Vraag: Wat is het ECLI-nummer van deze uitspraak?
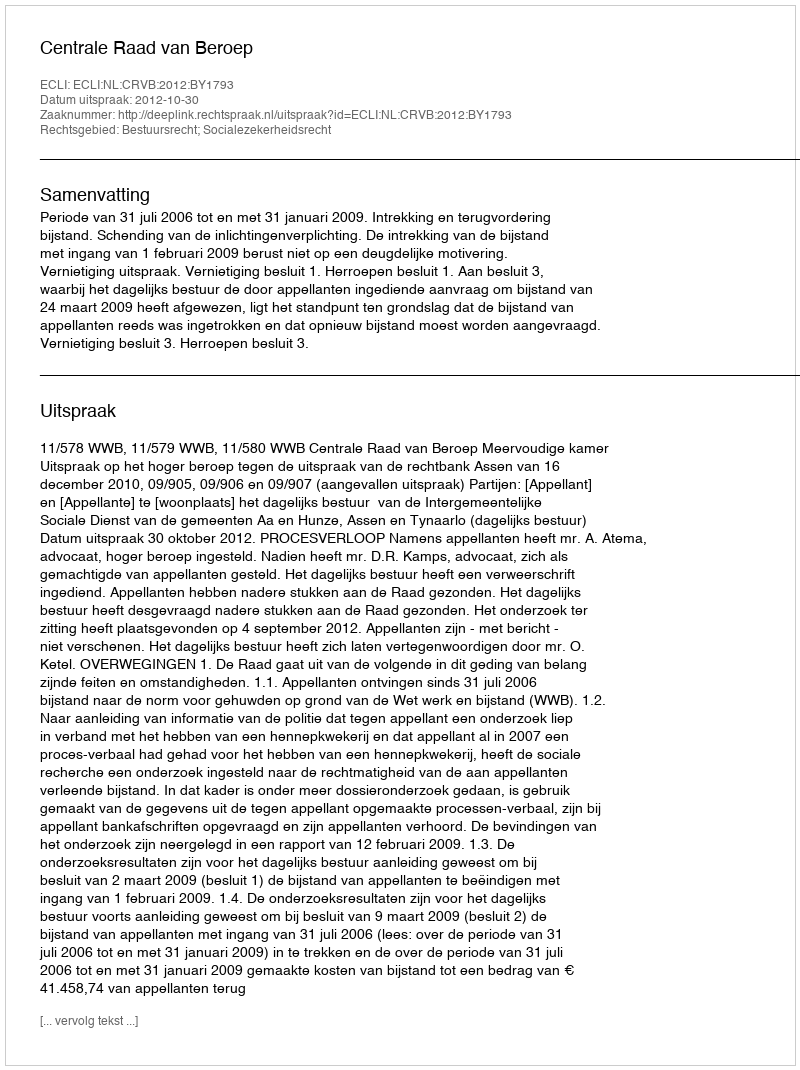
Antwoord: ECLI:NL:CRVB:2012:BY1793